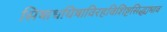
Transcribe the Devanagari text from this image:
सिषाधयिषाविरहविशिष्टसिद्ध्यभाव